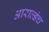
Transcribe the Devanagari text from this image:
आराल्डंच